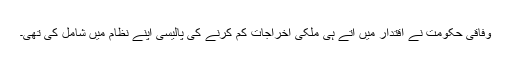
وفاقی حکومت نے اقتدار میں آتے ہی ملکی اخراجات کم کرنے کی پالیسی اپنے نظام میں شامل کی تھی۔